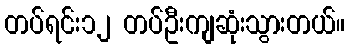
တပ်ရင်း၁၂ တပ်ဦးကျဆုံးသွားတယ်။